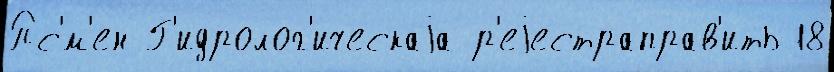
Пс'́м'ен Г'идролог'ическаjа р'еjестраправ'ить 18